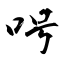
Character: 呺